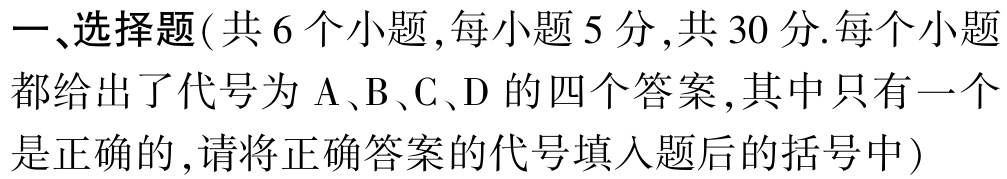
一、选择题(共 6 个小题,每小题 5 分,共 30 分.每个小题都给出了代号为 A、B、C、D 的四个答案,其中只有一个是正确的,请将正确答案的代号填入题后的括号中)